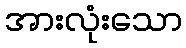
အားလုံးသော